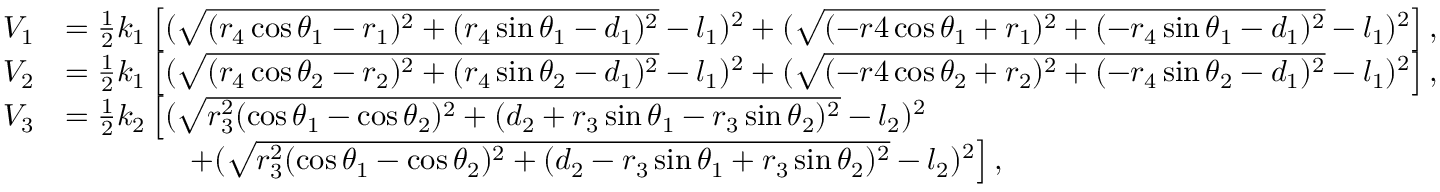
\begin{array} { r l } { V _ { 1 } } & { = \frac { 1 } { 2 } k _ { 1 } \left[ ( \sqrt { ( r _ { 4 } \cos \theta _ { 1 } - r _ { 1 } ) ^ { 2 } + ( r _ { 4 } \sin \theta _ { 1 } - d _ { 1 } ) ^ { 2 } } - l _ { 1 } ) ^ { 2 } + ( \sqrt { ( - r 4 \cos \theta _ { 1 } + r _ { 1 } ) ^ { 2 } + ( - r _ { 4 } \sin \theta _ { 1 } - d _ { 1 } ) ^ { 2 } } - l _ { 1 } ) ^ { 2 } \right] , } \\ { V _ { 2 } } & { = \frac { 1 } { 2 } k _ { 1 } \left[ ( \sqrt { ( r _ { 4 } \cos \theta _ { 2 } - r _ { 2 } ) ^ { 2 } + ( r _ { 4 } \sin \theta _ { 2 } - d _ { 1 } ) ^ { 2 } } - l _ { 1 } ) ^ { 2 } + ( \sqrt { ( - r 4 \cos \theta _ { 2 } + r _ { 2 } ) ^ { 2 } + ( - r _ { 4 } \sin \theta _ { 2 } - d _ { 1 } ) ^ { 2 } } - l _ { 1 } ) ^ { 2 } \right] , } \\ { V _ { 3 } } & { = \frac { 1 } { 2 } k _ { 2 } \left[ ( \sqrt { r _ { 3 } ^ { 2 } ( \cos \theta _ { 1 } - \cos \theta _ { 2 } ) ^ { 2 } + ( d _ { 2 } + r _ { 3 } \sin \theta _ { 1 } - r _ { 3 } \sin \theta _ { 2 } ) ^ { 2 } } - l _ { 2 } ) ^ { 2 } \right. } \\ & { \qquad \qquad \left. + ( \sqrt { r _ { 3 } ^ { 2 } ( \cos \theta _ { 1 } - \cos \theta _ { 2 } ) ^ { 2 } + ( d _ { 2 } - r _ { 3 } \sin \theta _ { 1 } + r _ { 3 } \sin \theta _ { 2 } ) ^ { 2 } } - l _ { 2 } ) ^ { 2 } \right] , } \end{array}